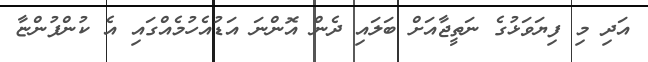
އަދި މި ފިޔަވަޅުގެ ނަތީޖާއަށް ބަލައި ދެން އޮންނަ އަޑުއެހުމެއްގައި އެ ކުންފުންޏާ